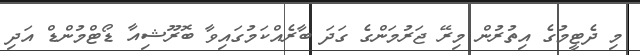
މި ދެޓީމުގެ އިތުރުން މިރޭ ޖަރުމަންގެ ގަދަ ބާރެއްކަމުގައިވާ ބޮރޫޝިއާ ޑޯޓްމުންޑް އަދި